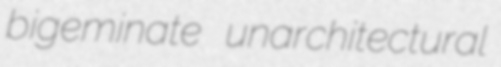
bigeminate unarchitectural